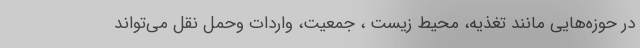
در حوزه‌هایی مانند تغذیه، محیط زیست ، جمعیت، واردات وحمل نقل می‌تواند